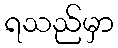
ရသည်မှာ